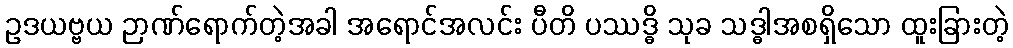
ဥဒယဗ္ဗယ ဉာဏ်ရောက်တဲ့အခါ အရောင်အလင်း ပီတိ ပဿဒ္ဓိ သုခ သဒ္ဓါအစရှိသော ထူးခြားတဲ့